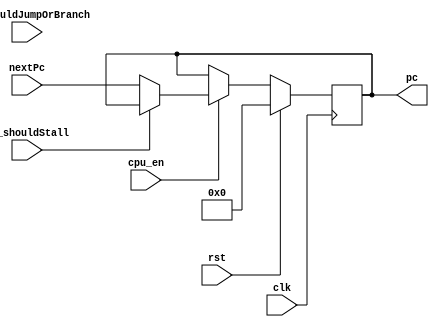
`timescale 1ns / 1ps

module Pc (
		input clk,
		input rst,
        input cpu_en,
		input id_shouldStall,
        input id_shouldJumpOrBranch,
		input [31:0] nextPc,
		output reg [31:0] pc = 0
	);
	always @(posedge clk) begin

        if (rst) begin
			pc <= 0;
        end else if(cpu_en)begin
           //if cpu_en 
           if(id_shouldStall) begin
                pc <= pc;
                // if(id_shouldJumpOrBranch) begin
                //     pc[31:0] <= nextPc[31:0];
                // end
           end else begin
                pc[31:0] <= nextPc[31:0];
           end
        end else begin
            //cpu_en = 0
            pc <= pc;
        end
    end
endmodule